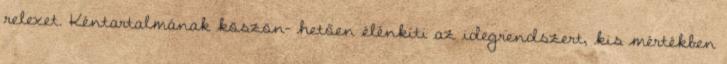
relexet. Kéntartalmának köszön- hetően élénkíti az idegrendszert, kis mértékben